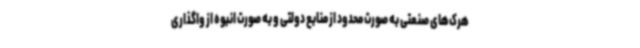
هرک‌های صنعتی به صورت محدود از منابع دولتی و به صورت انبوه از واگذاری